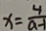
x = \frac { 4 } { a - 1 }